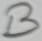
Text: B